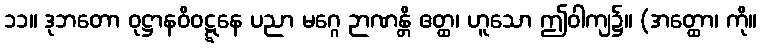
၁၁။ ဒုဘတော ဝုဋ္ဌာနဝိဝဋ္ဋနေ ပညာ မဂ္ဂေ ဉာဏန္တိ ဧတ္ထ၊ ဟူသော ဤဝါကျ၌။ (အတ္ထော၊ ကို။